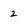
Character: 2